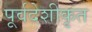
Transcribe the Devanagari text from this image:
पूर्वदेशीकृत